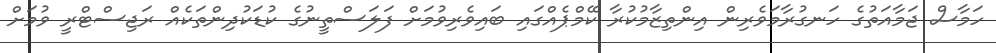
ހަމާސް ޖަމާއަތުގެ ހަނގުރާމަވެރިން އިންތިޒާމުކުރާ ކޭމްޕެއްގައި ބައިވެރިވުމަށް ފަލަސްތީނުގެ ކުޑަކުދިންތަކެއް ރަޖިސްޓްރީ ވުމަށް